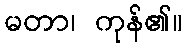
မတာ၊ ကုန်၏။